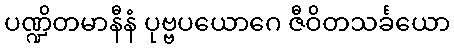
ပဏ္ဍိတမာနီနံ ပုဗ္ဗပယောဂေ ဇီဝိတသင်္ခယော